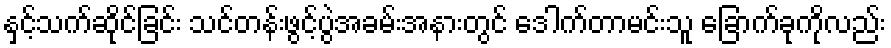
နှင့်သက်ဆိုင်ခြင်း သင်တန်းဖွင့်ပွဲအခမ်းအနားတွင် ဒေါက်တာမင်းသူ ခြောက်ခုကိုလည်း